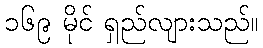
၁၆၉ မိုင် ရှည်လျားသည်။